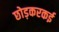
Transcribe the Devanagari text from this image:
छोड़करकई